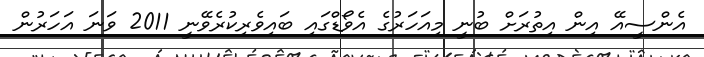
އެންސީއޭ އިން އިތުރަށް ބުނީ މިއަހަރުގެ އެވޯޑްގައި ބައިވެރިކުރެވޭނީ 2011 ވަަނަ އަހަރުން